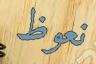
نعوظ